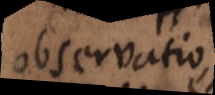
observatio